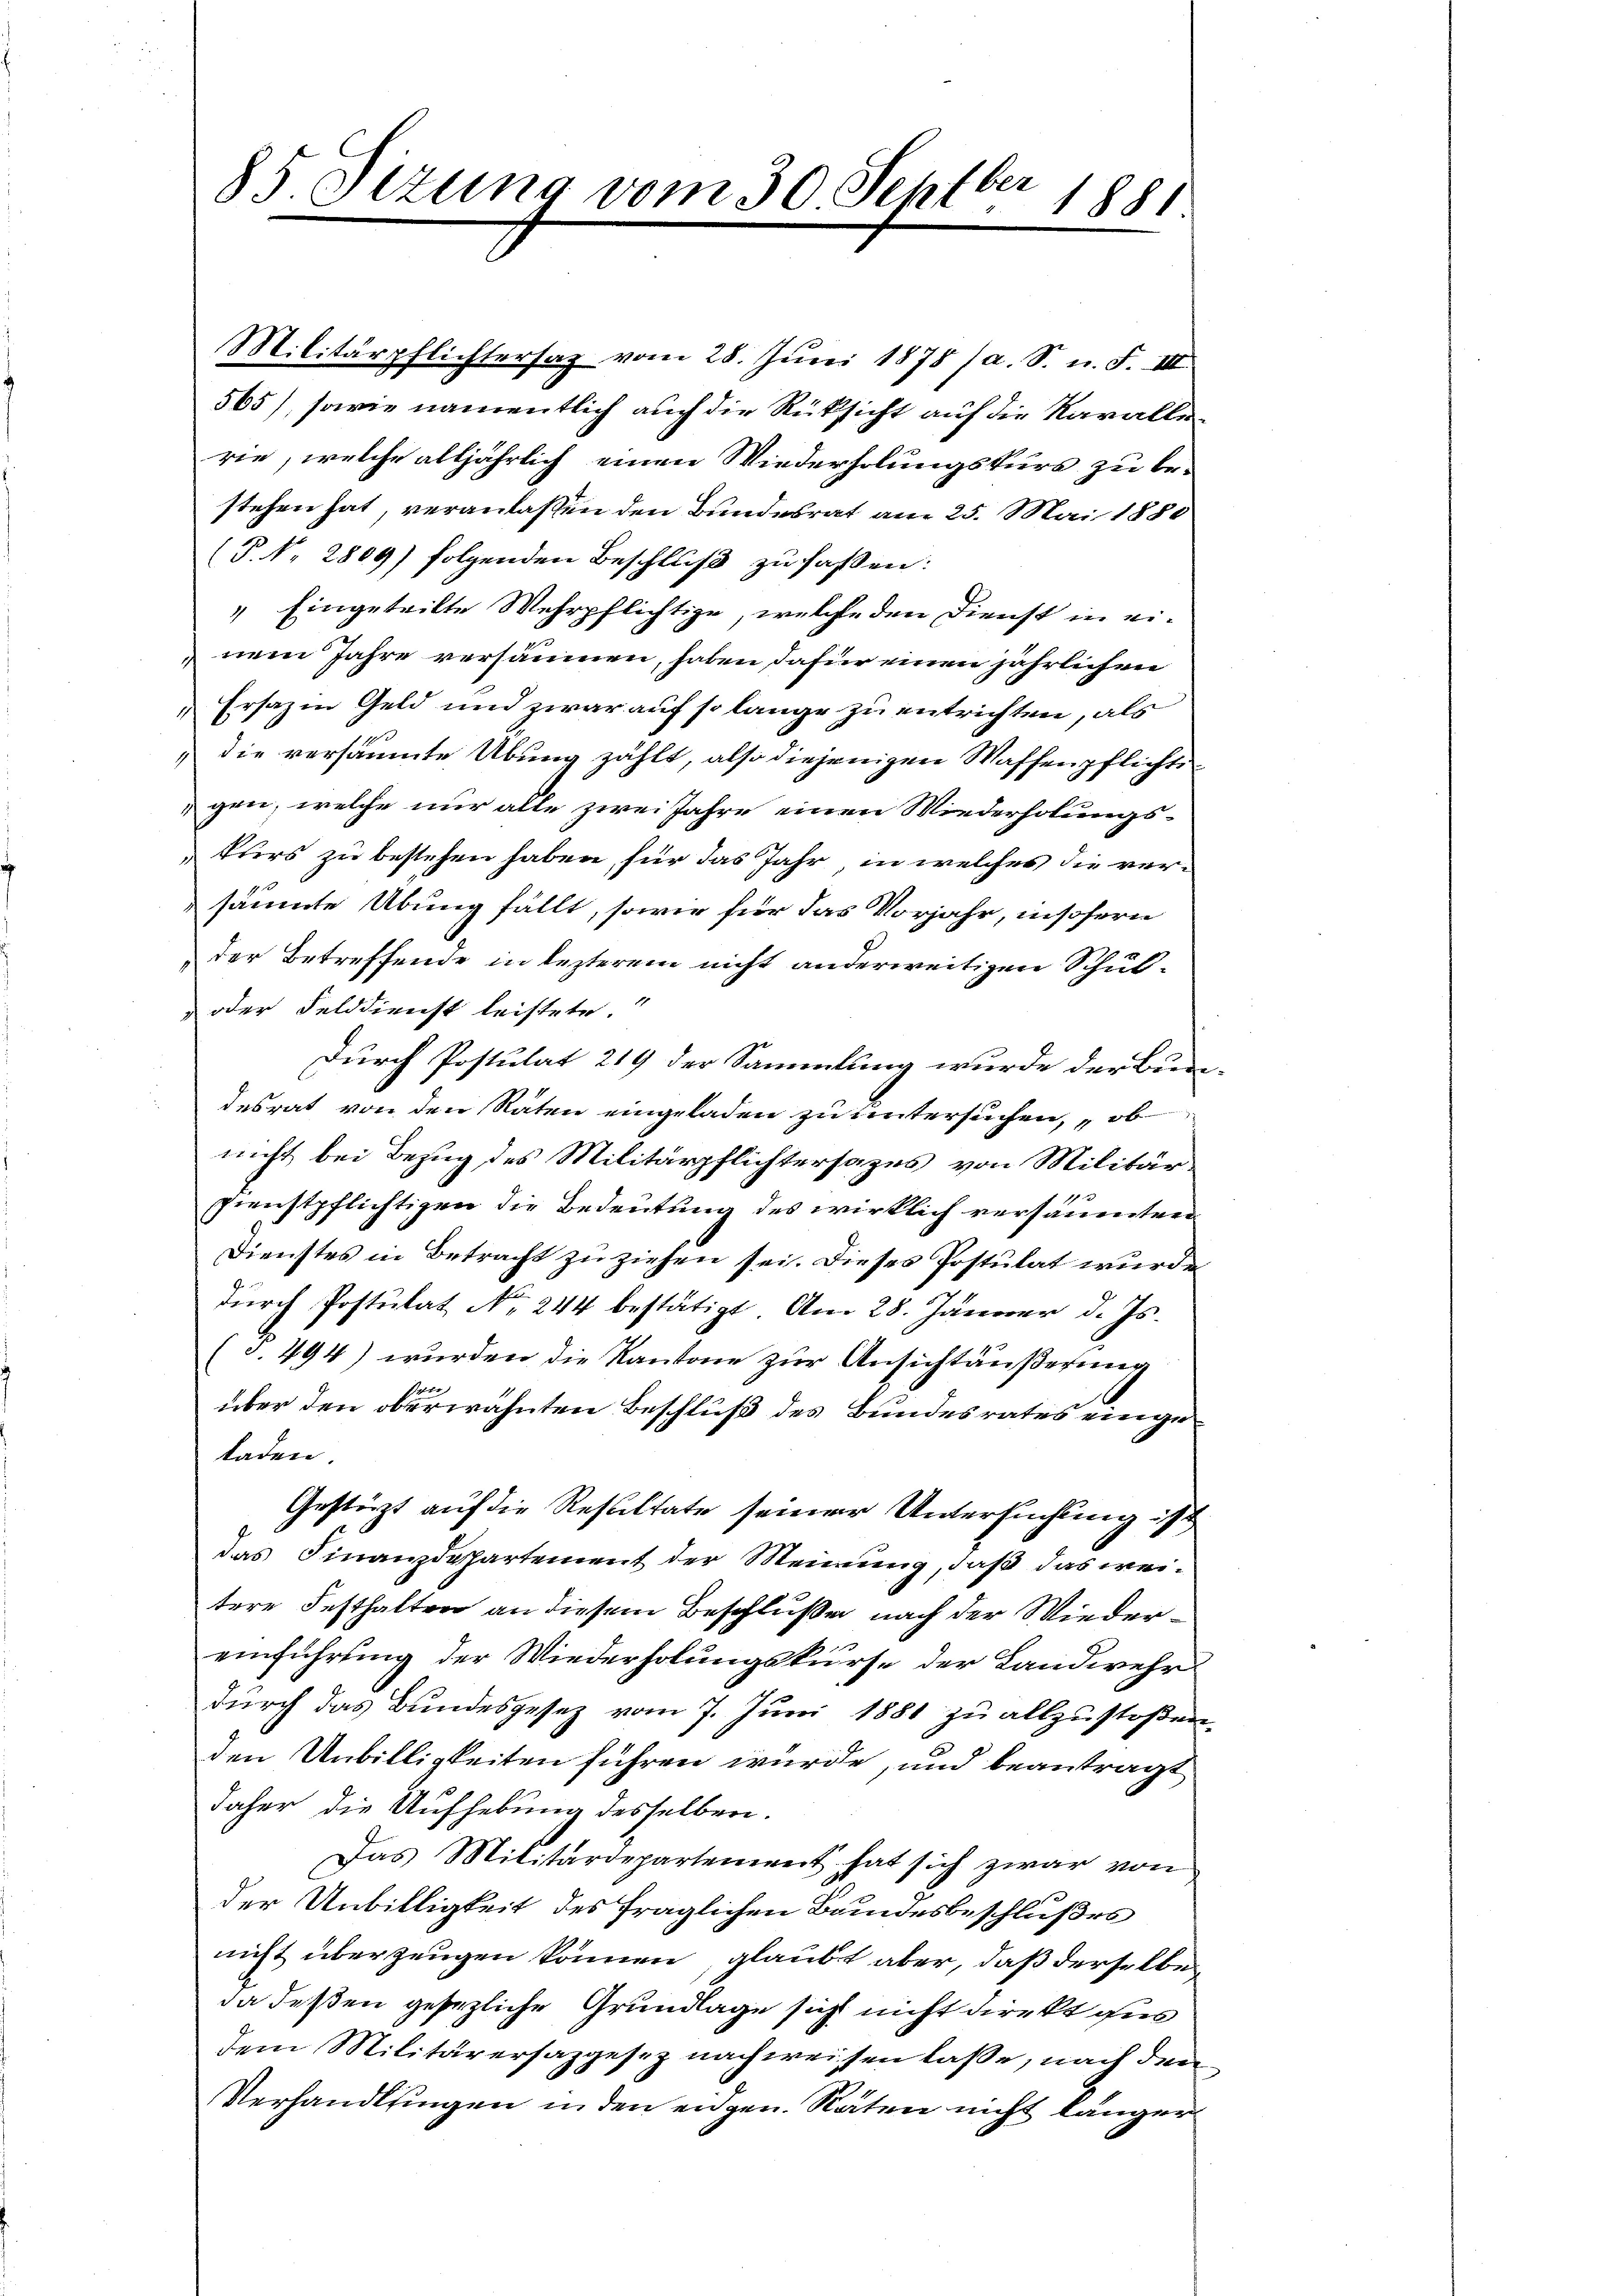
b.
85. Otzung vom 30. Seht.
1881

Militärpflichtersaz vom 28. Juni 1878 (a. S. n. F. III
565), sowie namentlich auch die Rüksicht auf die Navalle
rie, welche alljährlich einen Wiederholungskurs zu bestehen hat, veranlaßen den Bundesrat am 25. Mai 1880
(P.N 2809) folgenden Beschluß zu faßen:
" Eingeteilte Wehrpflichtige, welche den Dienst in einem Jahre versäunen, haben dafür einen jährlichen
Ersazin Geld und zwar auf so lange zu entrichten, als
" die versäumte Übung zählt, also diejenigen Waffenpflichte
gen, welche nur alle zwei Jahre einen Wiederholungskurs zu bestehen haben, für das Jahr, in welches die versäumte Übung fällt, sowie für das Vorjahr, insofern
der Betreffende in lezterem nicht anderweitigen Schul¬
oder Felddienst leistete
Durch Postulat 219 der Sammlung wurde der Bun
desrat von den Räten eingeladen zu untersuchen, „ob
nicht bei Bezug des Militärpflichtersages von Militär
1
zienstpflichtigen die Bedeutung des wirklich versäumten
Dienstes in Betracht zu ziehen sei. Dieses Postulat wurde
dŭrch Postulat No. 244 bestätigt. Am 28. Jänner d. Js.
(S. 494) wurden die Kantone zur Ansichtäußerung
über den oberwähnten Beschluß des Bundesrates eingeladen.
Gestürzt auf die Resultate seiner Untersuchung ist
das Finanzdepartement der Meinung, daß das weitere Festhalten an diesem Beschluße nach der Wiedereinführung der Wiederholungskurse der Landwehr
durch das Bundesgesez vom 7. Juni 1881 zu allzustoßen
den Unbilligkeiten führen würde, und beantragt
daher die Aufhebung desselben.
Das Militärdepartement hat sich zwar von
der Unbilligkeit des fraglichen Bundesbeschlußes
nicht überzeugen können, glaubt aber, daß derselbe
da deßen gesezliche Grundlage sich nicht direkt für
dem Militärersazgesez nachweisen laße, nach den
Verhandlungen in den eidgen. Räten nicht länger